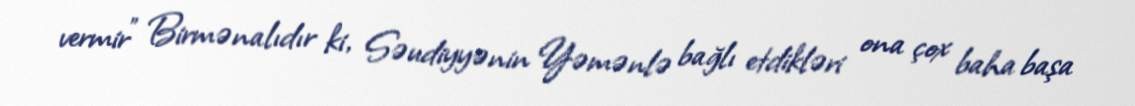
vermir” Birmənalıdır ki, Səudiyyənin Yəmənlə bağlı etdikləri ona çox baha başa